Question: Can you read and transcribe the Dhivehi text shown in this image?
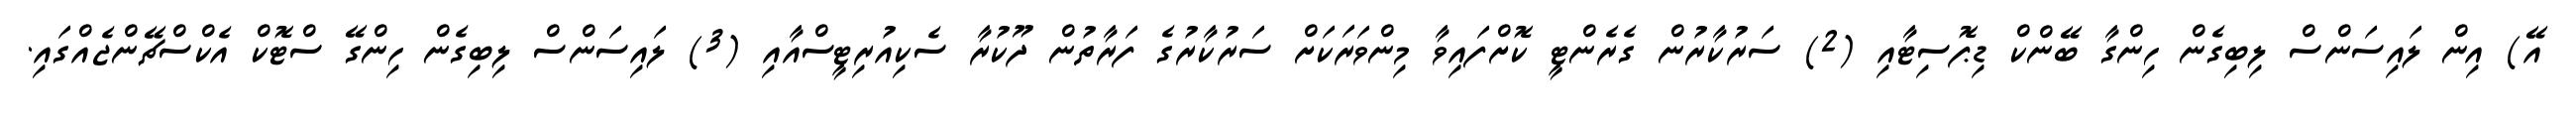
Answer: އޭ) އިން ލައިސަންސް ލިބިގެން ހިންގާ ބޭންކް ޑިޕޮސިޓާއި (2) ސަރުކާރުން ގެރެންޓީ ކޮށްފައިވާ މިންވަރަކަށް ސަރުކާރުގެ ފަރާތުން ދޫކުރާ ސެކިއުރިޓީސްއާއި (3) ލައިސަންސް ލިބިގެން ހިންގޭ ސްޓޮކް އެކްސްޗޭންޖެއްގައި.